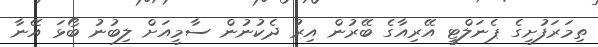
ތިމަރަފުށީގެ ޕެނަލްޓީ އޭރިއާގެ ބޭރުން އިރު ދެކުނުން ސާމީއަށް ލިބުނު ބޯޅަ އޭނާ